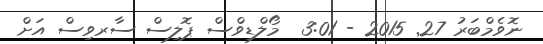
ނޮވެމްބަރު 27